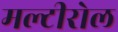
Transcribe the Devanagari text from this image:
मल्टीरोल